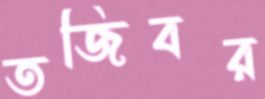
তজিবর